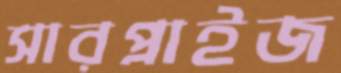
সারপ্রাইজ